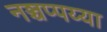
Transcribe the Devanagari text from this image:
नञ्चप्पय्या